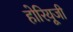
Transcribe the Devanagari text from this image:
होरियूजी